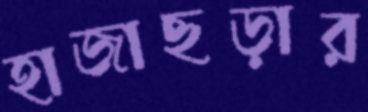
হাজাছড়ার